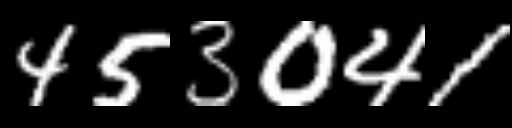
Text: 453041